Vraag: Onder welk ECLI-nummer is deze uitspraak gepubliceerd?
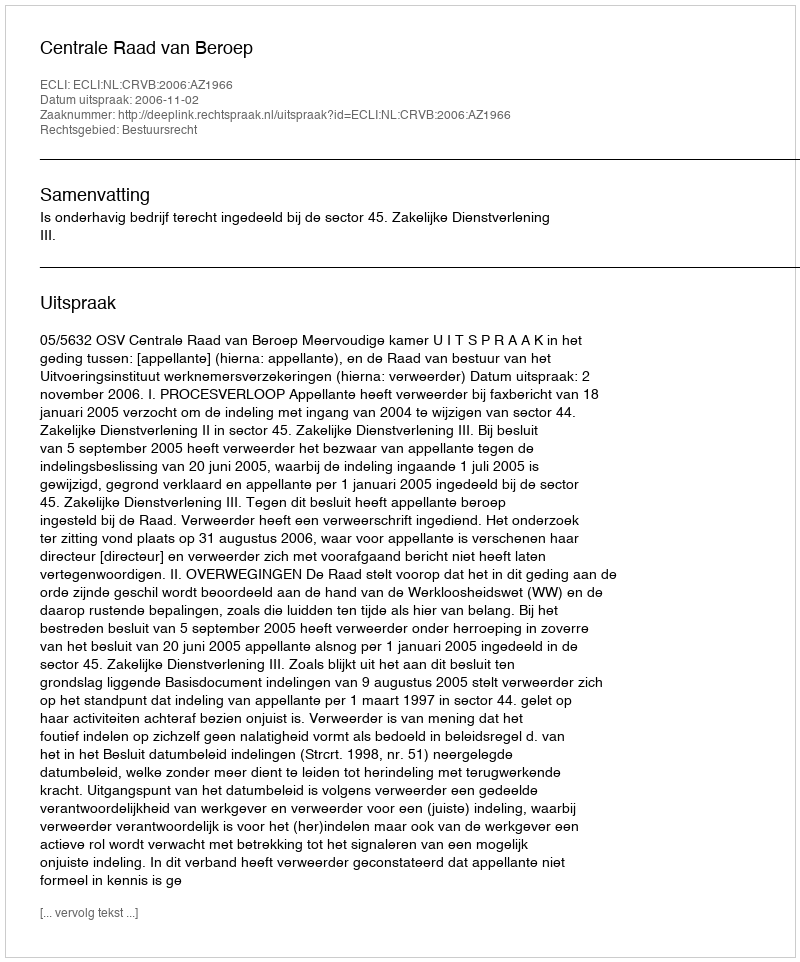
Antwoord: ECLI:NL:CRVB:2006:AZ1966